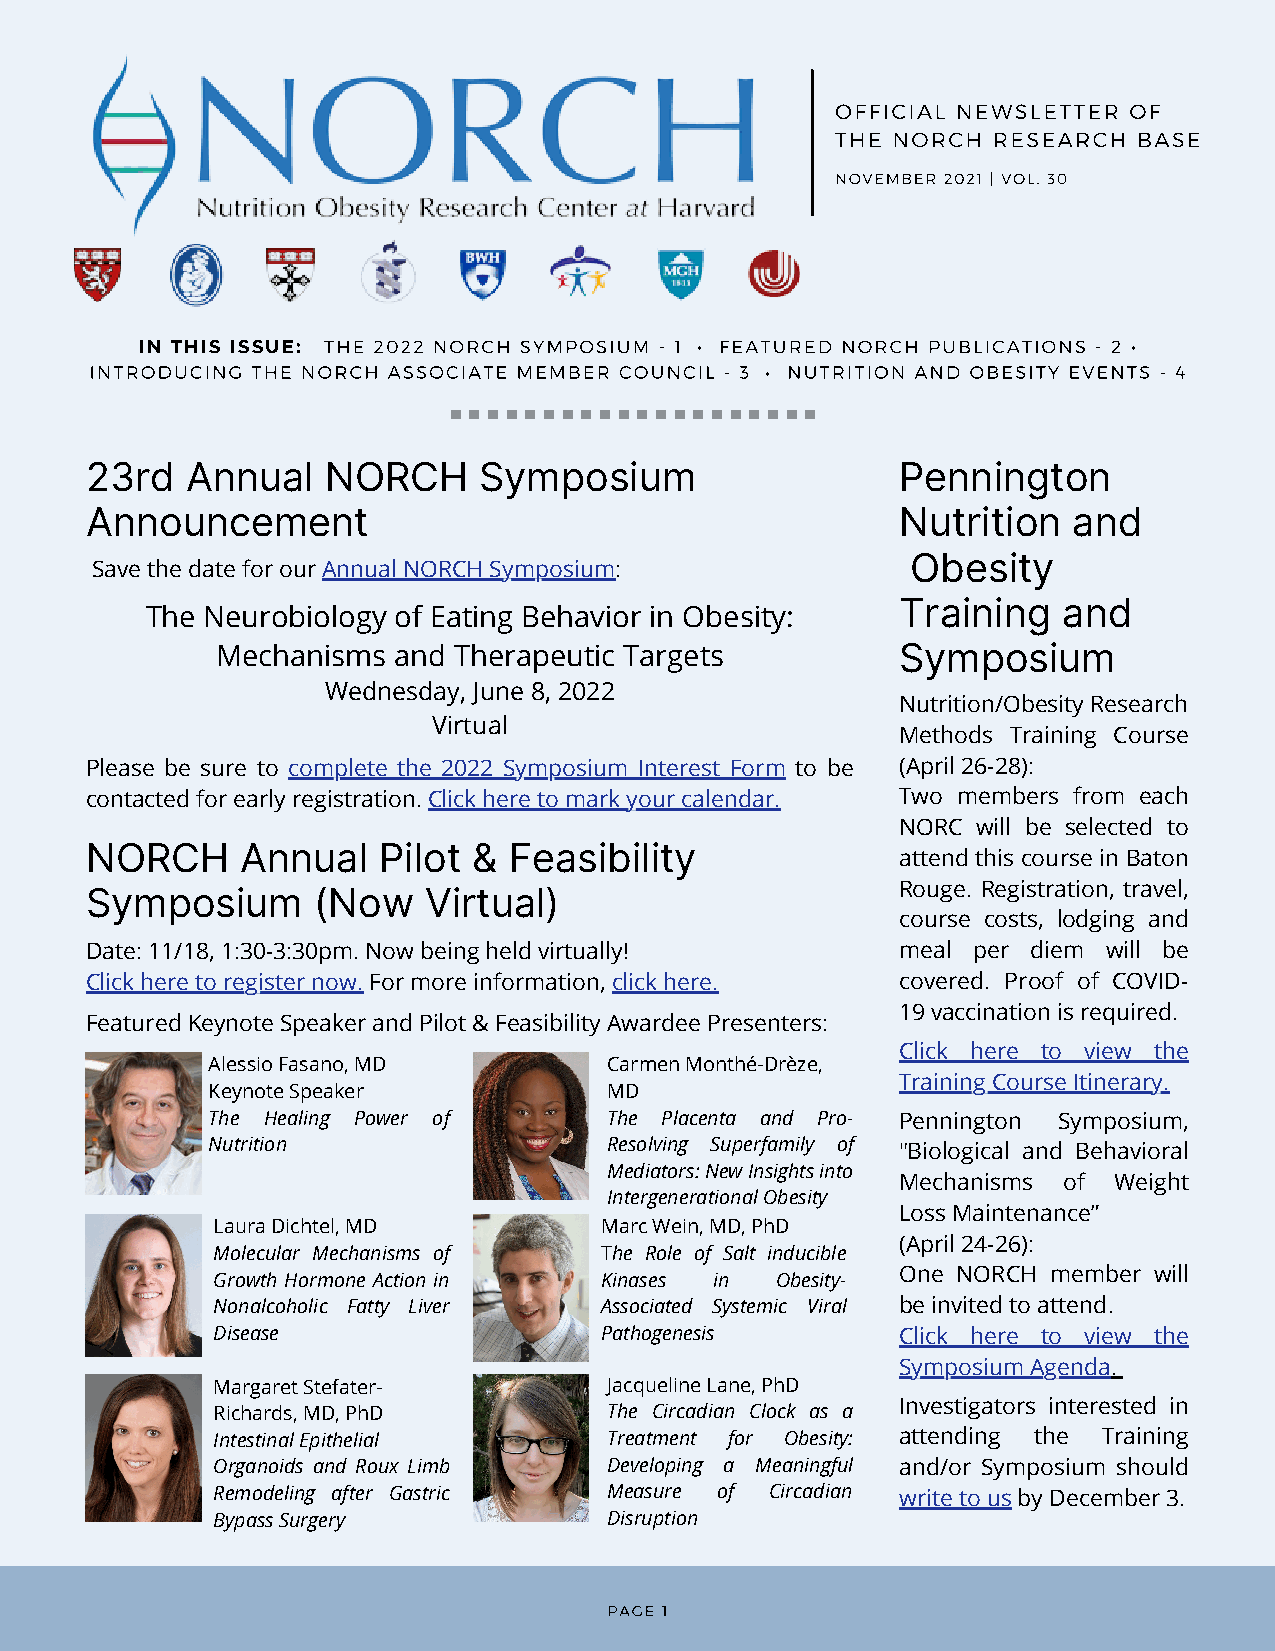
OFFICIAL NEWSLETTER OF
 THE NORCH  RESEARCH BASE
 NOVEMBER 2021 | VOL. 30
 IN THIS ISSUE: THE 2022 NORCH SYMPOSIUM - 1 · FEATURED NORCH PUBLICATIONS - 2 ·
 INTRODUCING THE NORCH ASSOCIATE MEMBER COUNCIL - 3 · NUTRITION AND OBESITY EVENTS - 4
 23rd  Annual    NORCH     Symposium                   Pennington
 Announcement                                          Nutrition  and
 Obesity
 Save the date for our Annual NORCH Symposium:
 Training  and
 The Neurobiology of Eating Behavior in Obesity:
 Mechanisms  and Therapeutic Targets           Symposium
 Wednesday, June 8, 2022
 Nutrition/Obesity Research
 Virtual
 Methods Training Course
 Please be sure to complete the 2022 Symposium Interest Form to be (April 26-28):
 contacted for early registration. Click here to mark your calendar. Two members from each
 NORC will be selected to
 NORCH     Annual   Pilot &  Feasibility
 attend this course in Baton
 Rouge. Registration, travel,
 Symposium      (Now   Virtual)
 course costs, lodging and
 Date: 11/18, 1:30-3:30pm. Now being held virtually!   meal per diem will be
 Click here to register now. For more information, click here. covered. Proof of COVID-
 19 vaccination is required.
 Featured Keynote Speaker and Pilot & Feasibility Awardee Presenters:
 Click here to view the
 Alessio Fasano, MD        Carmen Monthé-Drèze,
 Training Course Itinerary.
 Keynote Speaker           MD
 The Healing Power of      The Placenta and Pro- Pennington Symposium,
 Nutrition                 Resolving Superfamily of "Biological and Behavioral
 Mediators: New Insights into
 Mechanisms of Weight
 Intergenerational Obesity
 Loss Maintenance”
 Laura Dichtel, MD         Marc Wein, MD, PhD
 (April 24-26):
 Molecular Mechanisms of   The Role of Salt inducible
 One NORCH member will
 Growth Hormone Action in  Kinases in Obesity-
 Nonalcoholic Fatty Liver  Associated Systemic Viral be invited to attend.
 Disease                   Pathogenesis        Click here to view the
 Symposium Agenda.
 Margaret Stefater-        Jacqueline Lane, PhD
 Investigators interested in
 Richards, MD, PhD         The Circadian Clock as a
 Intestinal Epithelial     Treatment for Obesity: attending the Training
 Organoids and Roux Limb   Developing a Meaningful and/or Symposium should
 Remodeling after Gastric  Measure of Circadian write to us by December 3.
 Bypass Surgery            Disruption
 PAGE 1